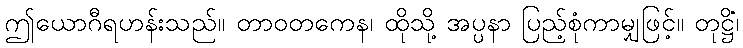
ဤယောဂီရဟန်းသည်။ တာဝတကေန၊ ထိုသို့ အပ္ပနာ ပြည့်စုံကာမျှဖြင့်။ တုဋ္ဌိံ၊